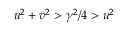
u ^ { 2 } + v ^ { 2 } > \gamma ^ { 2 } / 4 > u ^ { 2 }